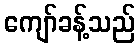
ကျော်ခန့်သည်